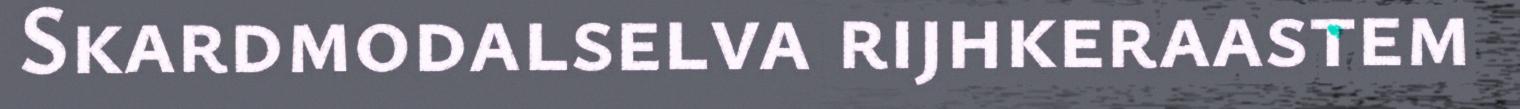
Skardmodalselva rijhkeraastem